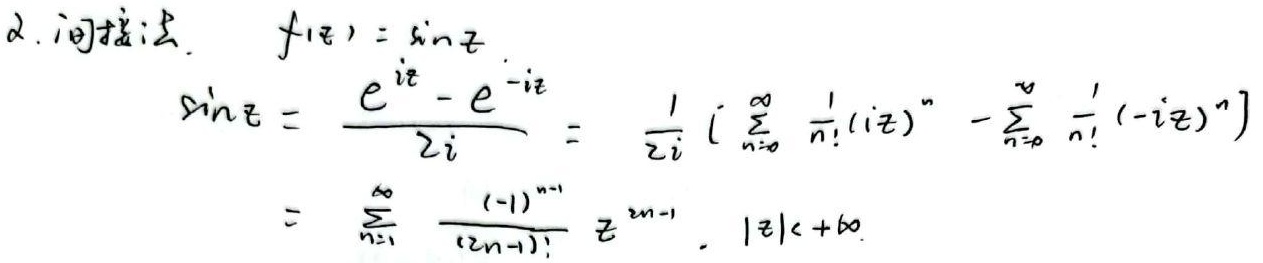
2. 间接法. \(f(z)=\sin z\)

\[
\begin{align*}
\sin z&=\frac{e^{iz}-e^{-iz}}{2i}=\frac{1}{2i}\left[\sum_{n = 0}^{\infty}\frac{1}{n!}(iz)^{n}-\sum_{n = 0}^{\infty}\frac{1}{n!}(-iz)^{n}\right]\\
&=\sum_{n = 1}^{\infty}\frac{(-1)^{n - 1}}{(2n-1)!}z^{2n - 1},\quad|z|<+\infty.
\end{align*}
\]